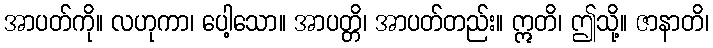
အာပတ်ကို။ လဟုကာ၊ ပေါ့သော။ အာပတ္တိ၊ အာပတ်တည်း။ ဣတိ၊ ဤသို့။ ဇာနာတိ၊